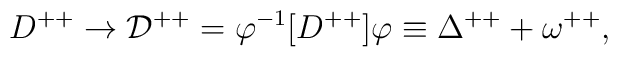
D^{++} \rightarrow {\cal D}^{++} = \varphi^{-1} [D^{++}] \varphi\equiv \Delta^{++} + \omega^{++},